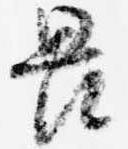
畏